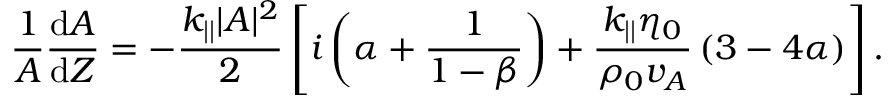
\frac { 1 } { A } \frac { \mathrm { d } A } { \mathrm { d } Z } = - \frac { k _ { | | } | A | ^ { 2 } } { 2 } \left[ i \left( \alpha + \frac { 1 } { 1 - \beta } \right) + \frac { k _ { | | } \eta _ { 0 } } { \rho _ { 0 } v _ { A } } \left( 3 - 4 \alpha \right) \right] .